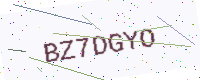
Text: BZ7DGYO